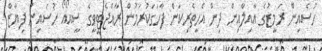
ހުސެއިން ރަމީޒުގެ އާއިލާއިން ދިން އެހީތެރިކަން ފާހަގަކުރަމުން ރާއްޖެޓީވީގެ ސީއޯއޯ ހުސައިން ފިޔާޒް